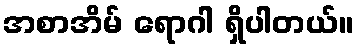
အစာအိမ် ရောဂါ ရှိပါတယ်။